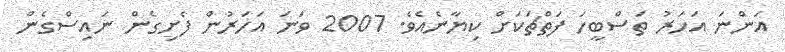
އަންނަ އަހަރު ތަސްބީހަ ފަތްޗަކަށް ކިޔާނެއެވެ. 2007 ވަނަ އަހަރުން ފެށިގެން ނައިސްގެން